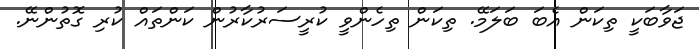
ޖަވާބަކީ ތިކަން އެބަ ބަލަމޭ. ތިކަން ތިހެންވީ ކުރީސަރުކާރުން ކަންތައް ކުރި ގޮތުންނޭ.